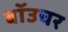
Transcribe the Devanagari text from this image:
बॉउचर